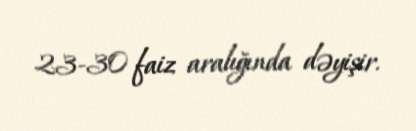
23-30 faiz aralığında dəyişir.